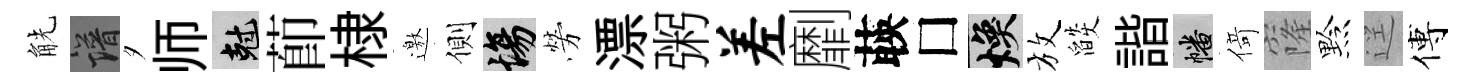
觥譜夕师剋莭棣邀側場勞漂粥差劘𦴤□焕放燄諧幡𠋣窿黔逕傅